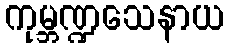
ကုမ္ဘဏ္ဍသေနာယ